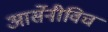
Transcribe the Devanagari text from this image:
आर्सेनीविच